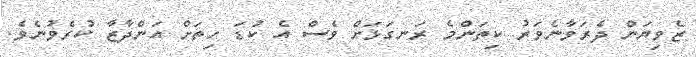
ޒެވިޔަން ދެރަވާނެވަރު ކިތަންމެ ރަނގަޅަށް ވެސް އެ ކުޑަ ހިތަށް އަންދާޒާ ކުރެވުނެވެ.